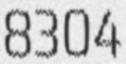
8304